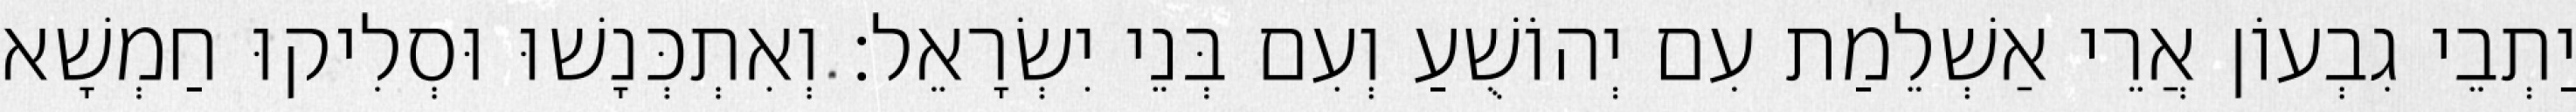
יַתְבֵי גִבְעוֹן אֲרֵי אַשְׁלֵמַת עִם יְהוֹשֻׁעַ וְעִם בְּנֵי יִשְׂרָאֵל׃ וְאִתְכְּנָשׁוּ וּסְלִיקוּ חַמְשָׁא